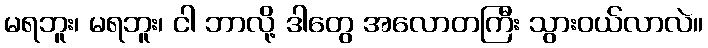
မရဘူး၊ မရဘူး၊ ငါ ဘာလို့ ဒါတွေ အလောတကြီး သွားဝယ်လာလဲ။